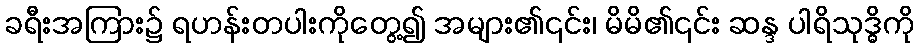
ခရီးအကြား၌ ရဟန်းတပါးကိုတွေ့၍ အများ၏၎င်း၊ မိမိ၏၎င်း ဆန္ဒ ပါရိသုဒ္ဓိကို